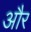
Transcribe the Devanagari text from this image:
और